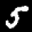
Label: 5